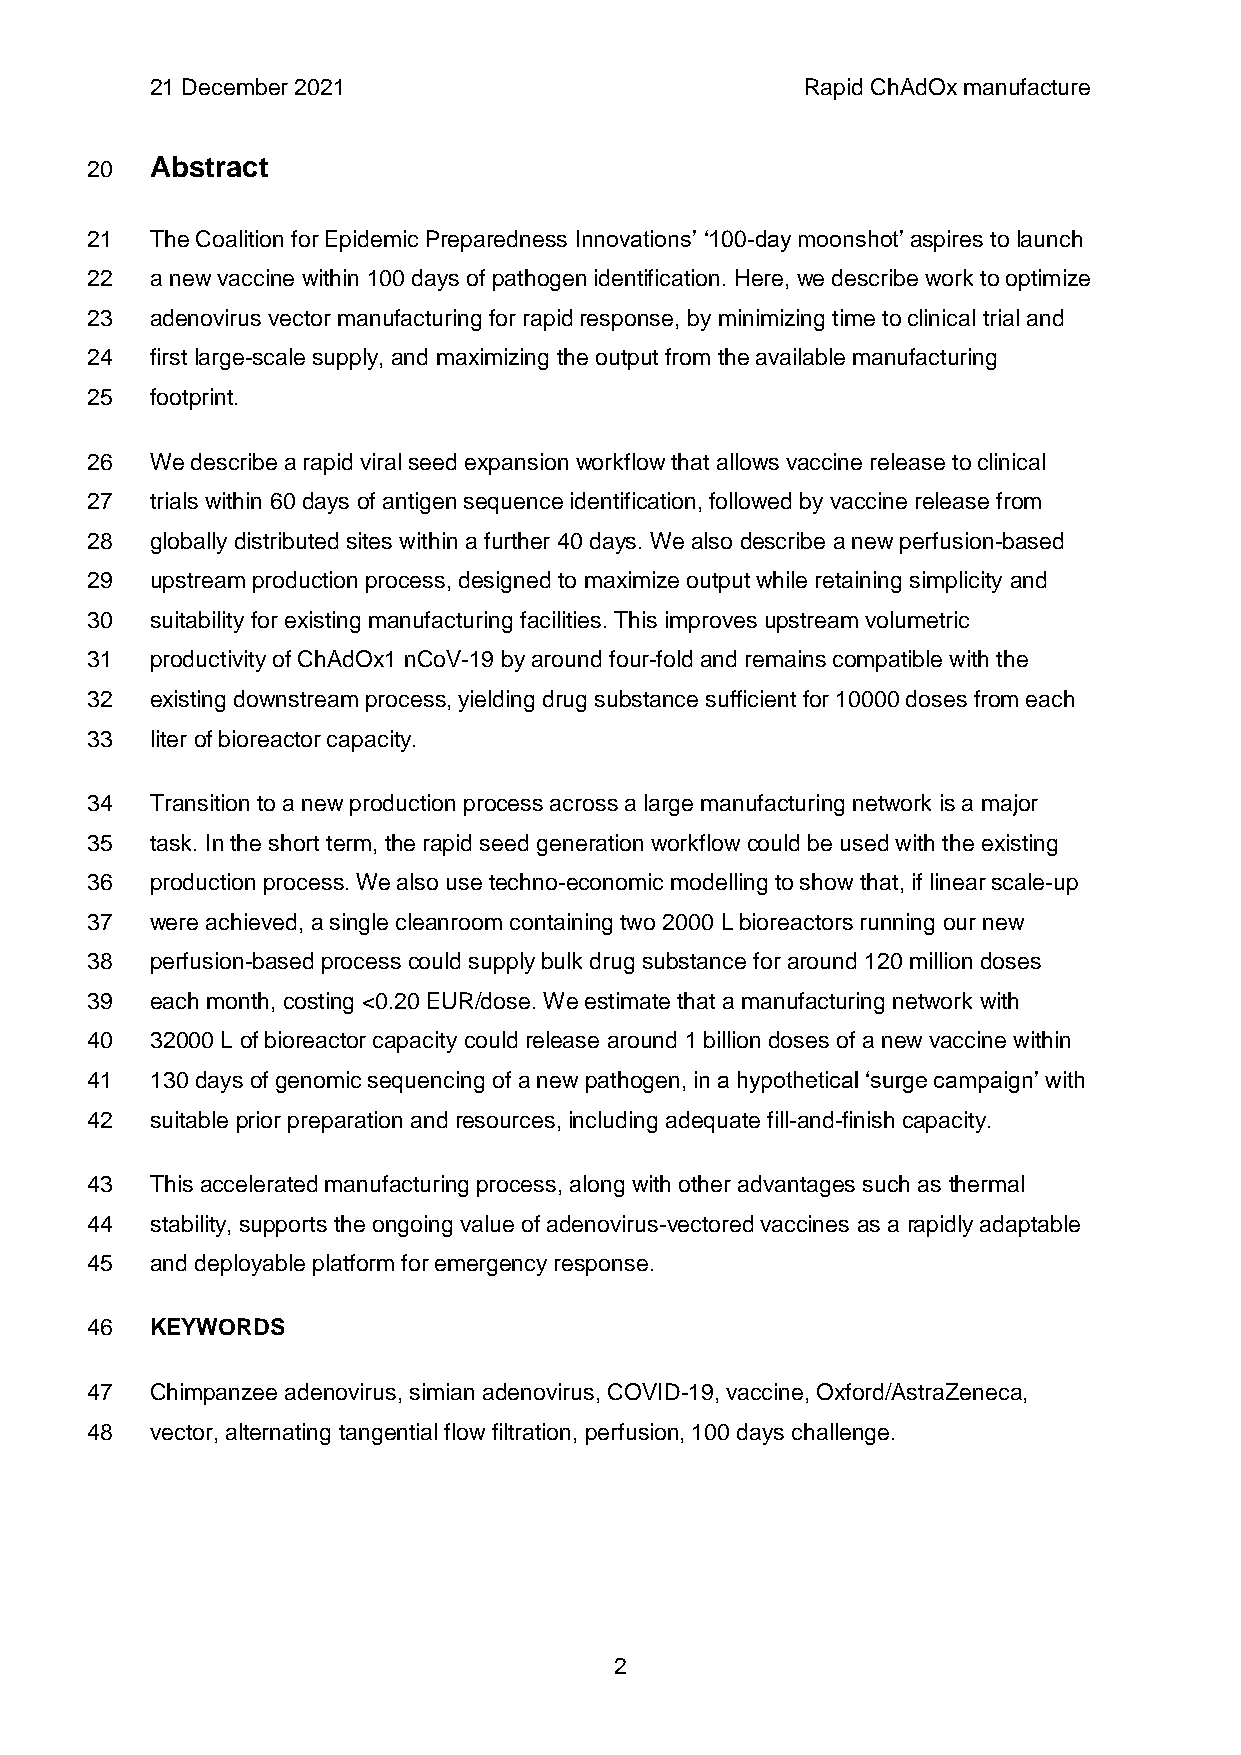
21 December 2021                           Rapid ChAdOx manufacture
 20  Abstract
 21  The Coalition for Epidemic Preparedness Innovations’ ‘100-day moonshot’ aspires to launch
 22  a new vaccine within 100 days of pathogen identification. Here, we describe work to optimize
 23  adenovirus vector manufacturing for rapid response, by minimizing time to clinical trial and
 24  first large-scale supply, and maximizing the output from the available manufacturing
 25  footprint.
 26  We describe a rapid viral seed expansion workflow that allows vaccine release to clinical
 27  trials within 60 days of antigen sequence identification, followed by vaccine release from
 28  globally distributed sites within a further 40 days. We also describe a new perfusion-based
 29  upstream production process, designed to maximize output while retaining simplicity and
 30  suitability for existing manufacturing facilities. This improves upstream volumetric
 31  productivity of ChAdOx1 nCoV-19 by around four-fold and remains compatible with the
 32  existing downstream process, yielding drug substance sufficient for 10000 doses from each
 33  liter of bioreactor capacity.
 34  Transition to a new production process across a large manufacturing network is a major
 35  task. In the short term, the rapid seed generation workflow could be used with the existing
 36  production process. We also use techno-economic modelling to show that, if linear scale-up
 37  were achieved, a single cleanroom containing two 2000 L bioreactors running our new
 38  perfusion-based process could supply bulk drug substance for around 120 million doses
 39  each month, costing <0.20 EUR/dose. We estimate that a manufacturing network with
 40  32000 L of bioreactor capacity could release around 1 billion doses of a new vaccine within
 41  130 days of genomic sequencing of a new pathogen, in a hypothetical ‘surge campaign’ with
 42  suitable prior preparation and resources, including adequate fill-and-finish capacity.
 43  This accelerated manufacturing process, along with other advantages such as thermal
 44  stability, supports the ongoing value of adenovirus-vectored vaccines as a rapidly adaptable
 45  and deployable platform for emergency response.
 46  KEYWORDS
 47  Chimpanzee adenovirus, simian adenovirus, COVID-19, vaccine, Oxford/AstraZeneca,
 48  vector, alternating tangential flow filtration, perfusion, 100 days challenge.
 2